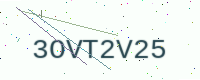
Text: 3OVT2V25